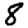
Digit: 8